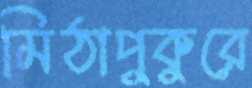
মিঠাপুকুরে